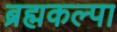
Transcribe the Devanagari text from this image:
ब्रह्मकल्पा